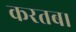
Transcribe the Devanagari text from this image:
करतब।